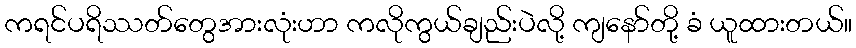
ကရင်ပရိဿတ်တွေအားလုံးဟာ ကလိုကွယ်ချည်းပဲလို့ ကျနော်တို့ ခံ ယူထားတယ်။